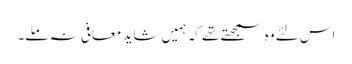
اس لئے وہ سمجھتے تھے کہ ہمیں شاید معافی نہ ملے۔